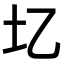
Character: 𫭖